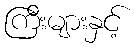
ကြီးများနှင့်